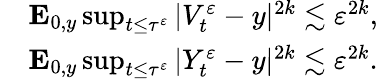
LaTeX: \begin{array}{rl}&{\mathbf{E}_{0,y}\operatorname*{sup}_{t\leq\tau^{\varepsilon}}|V_{t}^{\varepsilon}-y|^{2k}\lesssim\varepsilon^{2k},}\\ &{\mathbf{E}_{0,y}\operatorname*{sup}_{t\leq\tau^{\varepsilon}}|Y_{t}^{\varepsilon}-y|^{2k}\lesssim\varepsilon^{2k}.}\end{array}